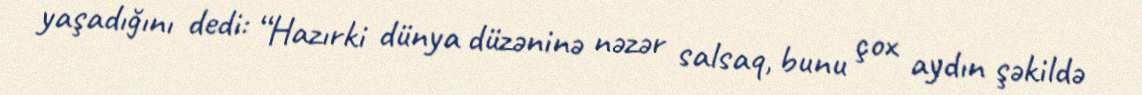
yaşadığını dedi: “Hazırki dünya düzəninə nəzər salsaq, bunu çox aydın şəkildə